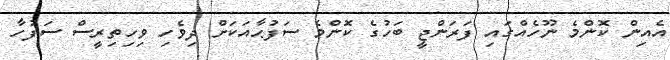
އެއިން ކޮންމެ ނޫހެއްގައި ފަރަންޖީ ބަހުގެ ކޮންމެ ސަފުޙާއަކަށް ދިވެހި ވިހިތިރީސް ސަފުހާ